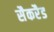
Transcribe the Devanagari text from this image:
सैकरैड